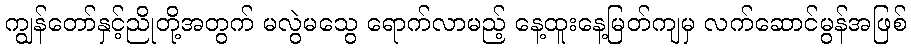
ကျွန်တော်နှင့်ညိုတို့အတွက် မလွဲမသွေ ရောက်လာမည့် နေ့ထူးနေ့မြတ်ကျမှ လက်ဆောင်မွန်အဖြစ်